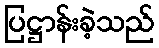
ပြဋ္ဌာန်းခဲ့သည်